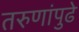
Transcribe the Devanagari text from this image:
तरुणांपुढे